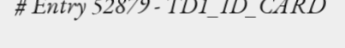
# Entry 52879 - TD1_ID_CARD